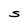
Character: S